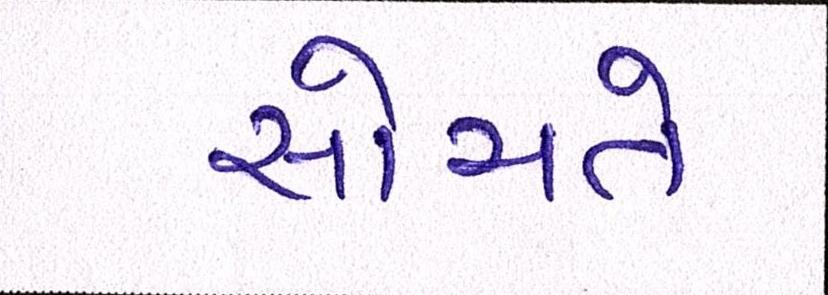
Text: સોચતે